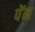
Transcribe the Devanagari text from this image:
पेंन